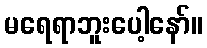
မရေရာဘူးပေါ့နော်။